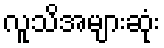
လူသိအများဆုံး